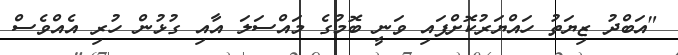
"އަބްދު ޒިޔަތު ހައްޔަރުކޮށްފައި ވަނީ ބޮމުގެ މައްސަލަ އާއި ގުޅުން ހުރި އެއްވެސް